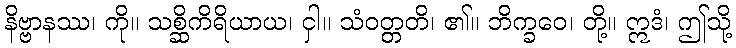
နိဗ္ဗာနဿ၊ ကို။ သစ္ဆိကိရိယာယ၊ ငှါ။ သံဝတ္တတိ၊ ၏။ ဘိက္ခဝေ၊ တို့။ ဣဒံ၊ ဤသို့